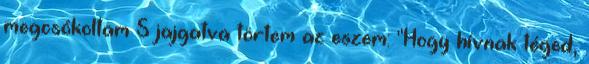
megcsókoltam S jajgatva törtem az eszem: "Hogy hívnak téged,